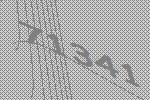
71341